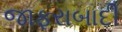
જાફરાબાદી